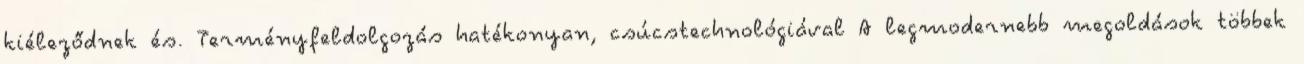
kiéleződnek és. Terményfeldolgozás hatékonyan, csúcstechnológiával A legmodernebb megoldások többek